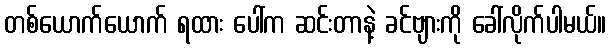
တစ်ယောက်ယောက် ရထား ပေါ်က ဆင်းတာနဲ့ ခင်ဗျားကို ခေါ်လိုက်ပါမယ်။